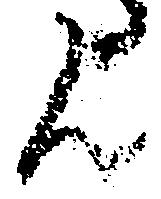
ん